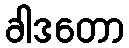
ခါဒတော